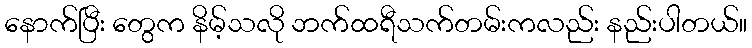
နောက်ပြီး တွေက နိမ့်သလို ဘက်ထရီသက်တမ်းကလည်း နည်းပါတယ်။